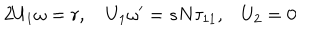
2 { U _ { 1 } \omega } = r , \quad { U _ { 1 } } { \omega ^ { \prime } } = s { N } { \tau _ { 1 1 } , } \quad { U _ { 2 } } = { 0 }